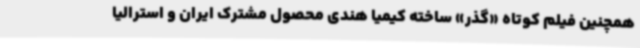
همچنین فیلم کوتاه «گذر» ساخته کیمیا هندی محصول مشترک ایران و استرالیا